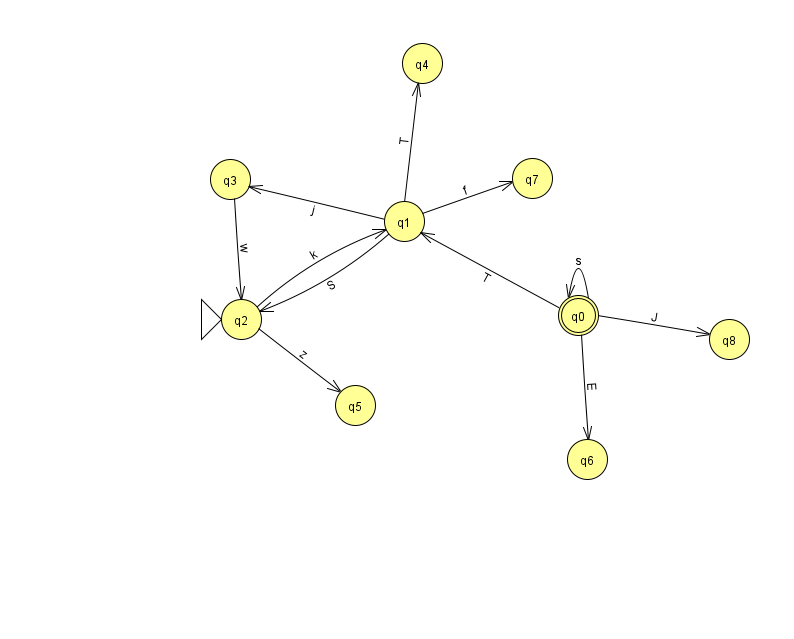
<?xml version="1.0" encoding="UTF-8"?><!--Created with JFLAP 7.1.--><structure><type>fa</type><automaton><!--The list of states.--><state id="0" name="q0"><x>578.0</x><y>302.0</y><final/></state><state id="1" name="q1"><x>404.0</x><y>208.0</y></state><state id="2" name="q2"><x>241.0</x><y>306.0</y><initial/></state><state id="3" name="q3"><x>230.0</x><y>166.0</y></state><state id="4" name="q4"><x>422.0</x><y>50.0</y></state><state id="5" name="q5"><x>355.0</x><y>392.0</y></state><state id="6" name="q6"><x>587.0</x><y>446.0</y></state><state id="7" name="q7"><x>532.0</x><y>165.0</y></state><state id="8" name="q8"><x>729.0</x><y>326.0</y></state><!--The list of transitions.--><transition><from>1</from><to>3</to><read>j</read></transition><transition><from>2</from><to>1</to><read>k</read></transition><transition><from>0</from><to>0</to><read>s</read></transition><transition><from>0</from><to>6</to><read>E</read></transition><transition><from>0</from><to>8</to><read>J</read></transition><transition><from>3</from><to>2</to><read>w</read></transition><transition><from>2</from><to>5</to><read>z</read></transition><transition><from>0</from><to>1</to><read>T</read></transition><transition><from>1</from><to>2</to><read>S</read></transition><transition><from>1</from><to>4</to><read>T</read></transition><transition><from>1</from><to>7</to><read>f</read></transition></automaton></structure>